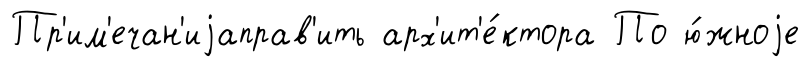
Пр'им'ечан'иjаправ'ить арх'ит'е́ктора По ю́жноjе